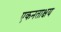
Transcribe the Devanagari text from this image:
एकनताक्षय